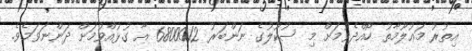
އިތުރު މަޢުލޫމާތު ހޯއްދެވުމަށް މި ސުކޫލުގެ ނަންބަރު 6800012 އާ ގުޅުއްވުމަށް ދަންނަވަމެވެ.